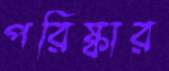
পরিষ্কার